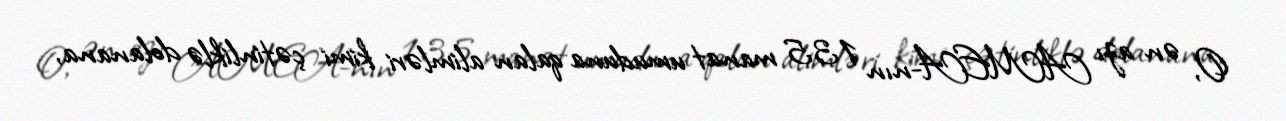
O, ən azı AMEA-nın 135 manat umuduna qalan alimləri kimi çətinliklə dolanana,